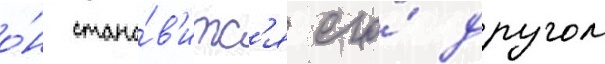
о́н стано́в'итс'я его́ другом